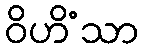
ဝိဟိံသာ